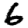
Digit: 6